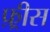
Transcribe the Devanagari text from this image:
फ़्रीस